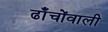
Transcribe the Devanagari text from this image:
ढाँचोंवाली